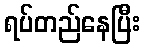
ရပ်တည်နေပြီး